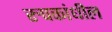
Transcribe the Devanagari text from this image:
रुपकांधील